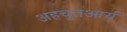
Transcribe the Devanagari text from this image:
अहचुतआर्य